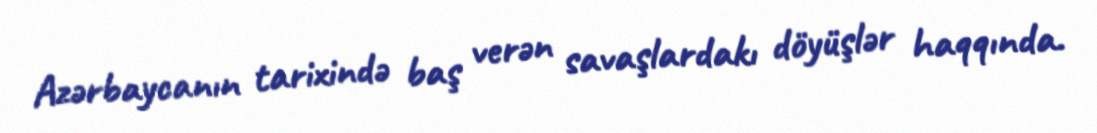
Azərbaycanın tarixində baş verən savaşlardakı döyüşlər haqqında.